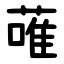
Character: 蓶